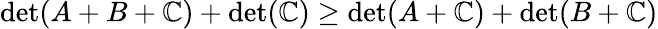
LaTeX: \operatorname*{d\mathrm{e}t}(A+B+\mathbb{C})+\operatorname*{d\mathrm{e}t}(\mathbb{C})\geq\operatorname*{d\mathrm{e}t}(A+\mathbb{C})+\operatorname*{d\mathrm{e}t}(B+\mathbb{C})